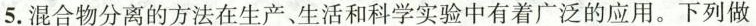
5.混合物分离的方法在生产、生活和科学实验中有着广泛的应用。下列做